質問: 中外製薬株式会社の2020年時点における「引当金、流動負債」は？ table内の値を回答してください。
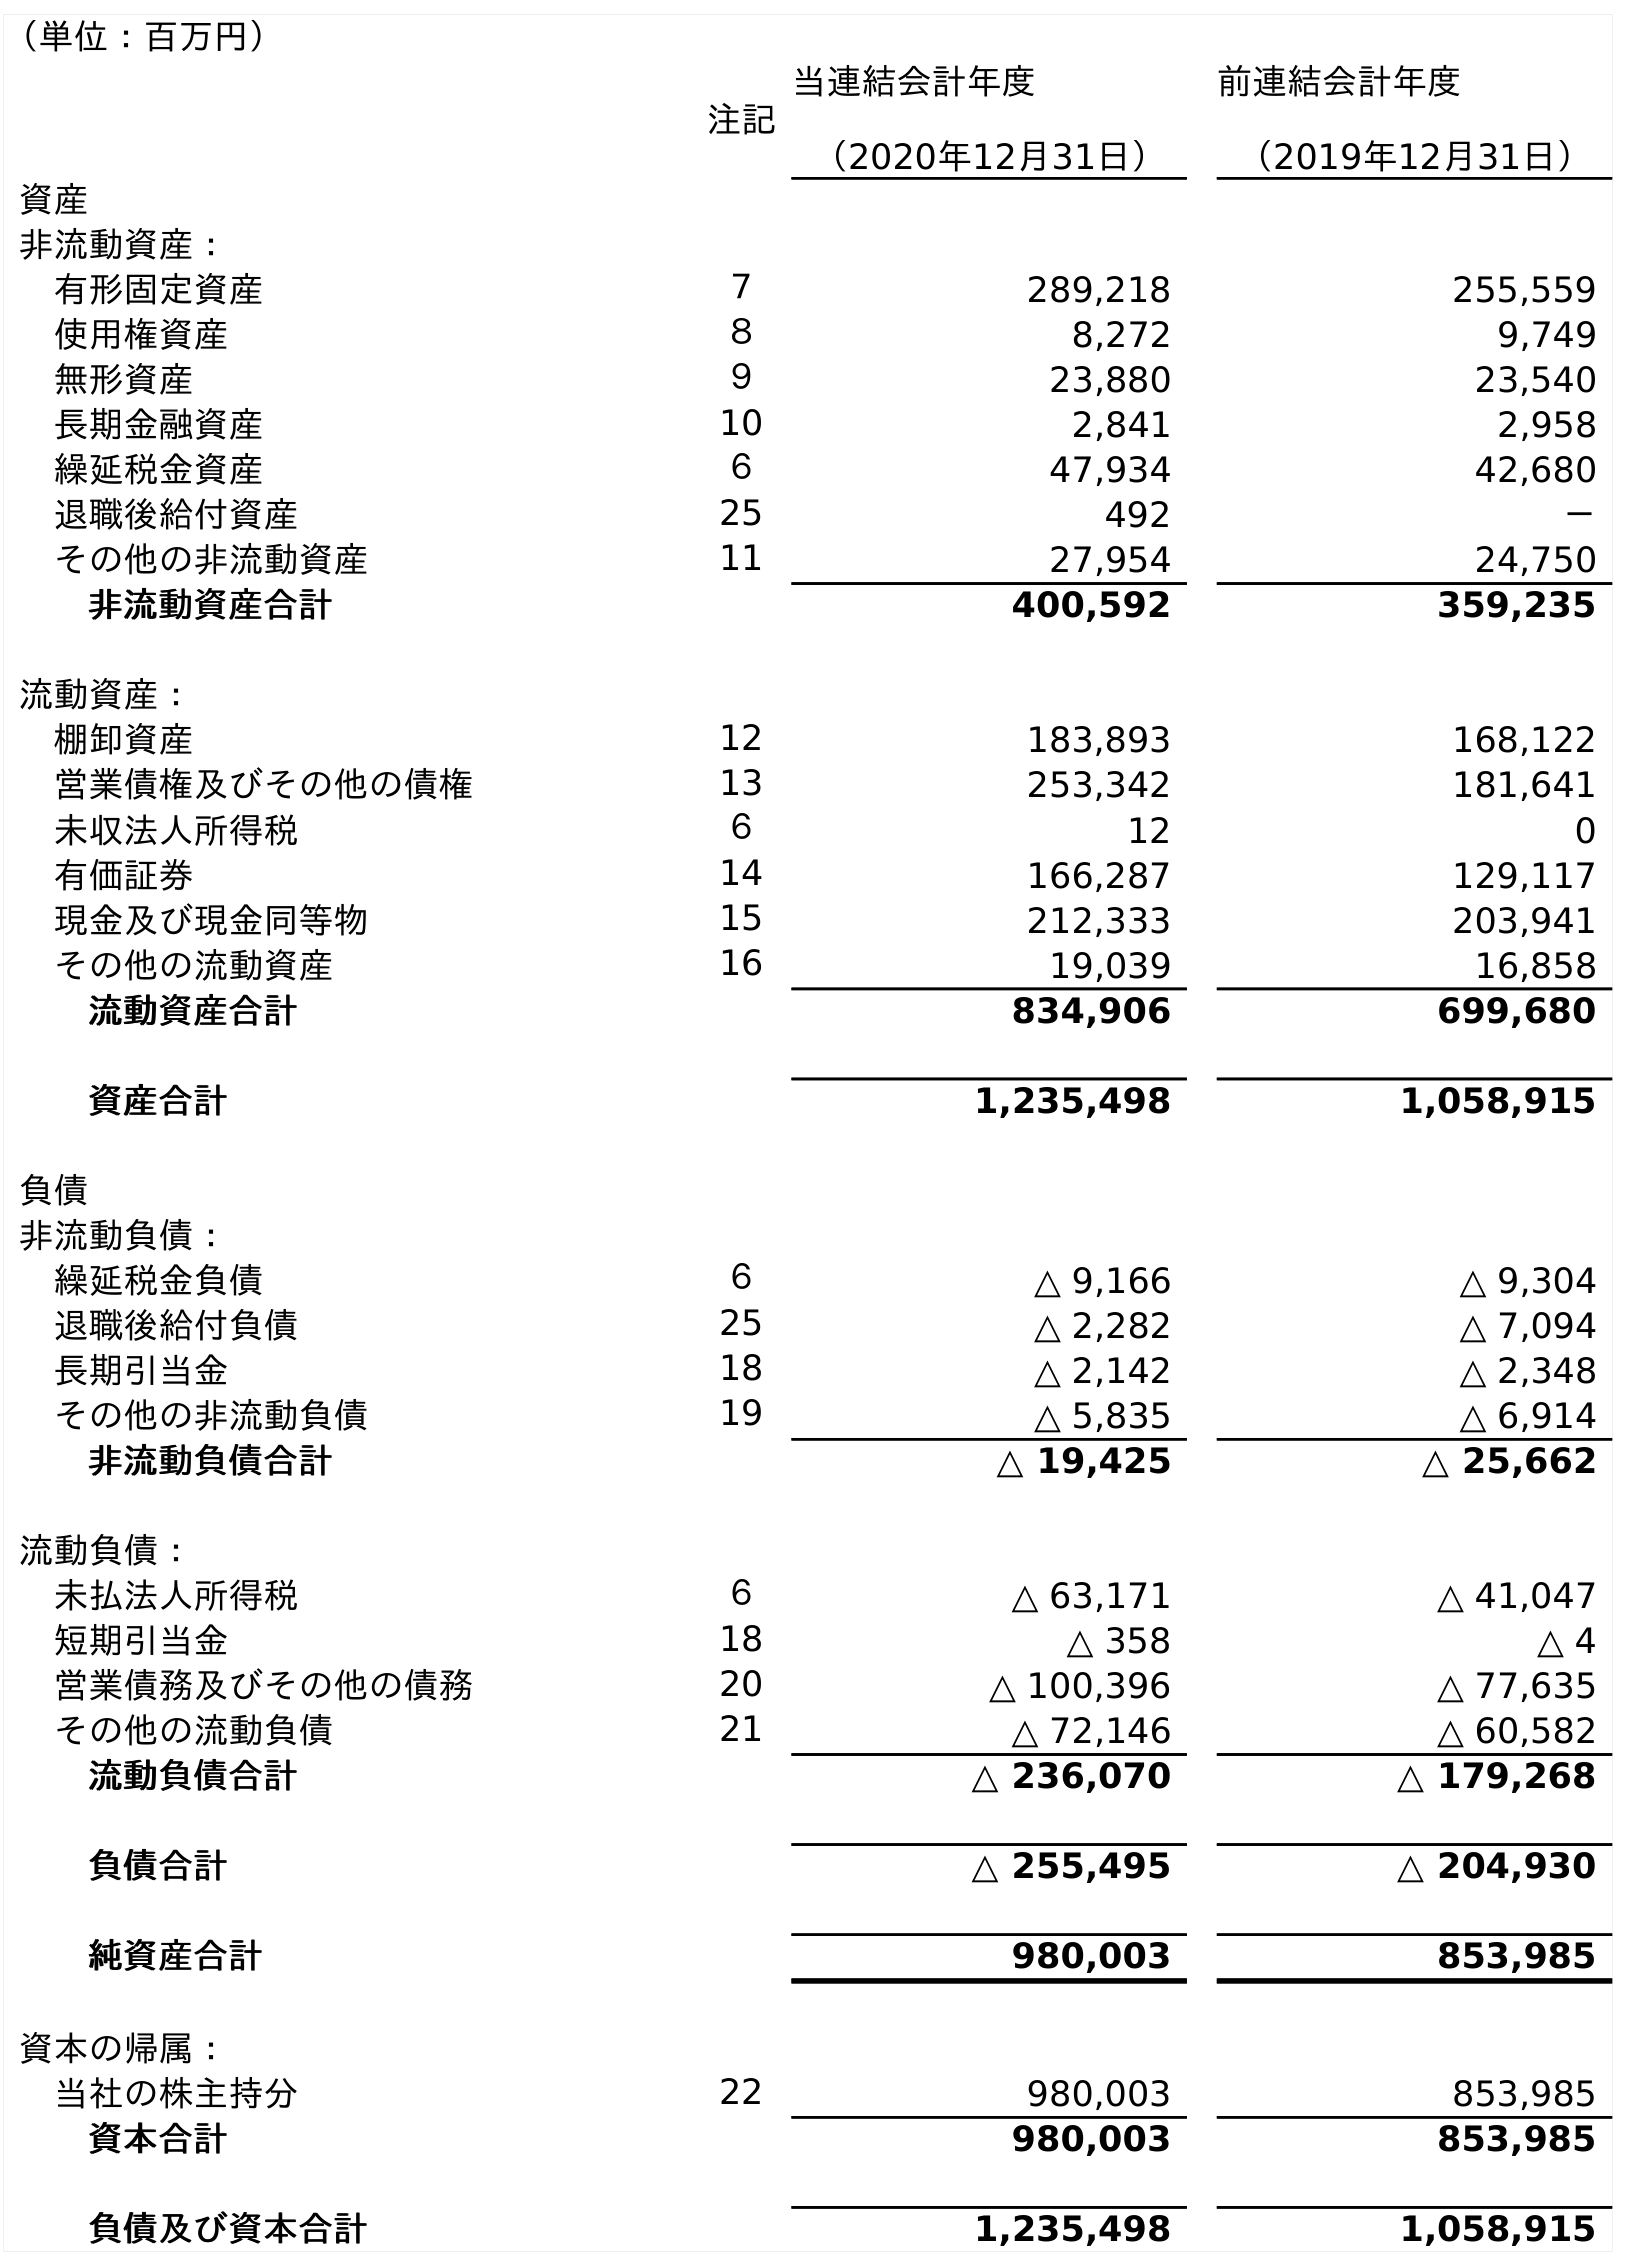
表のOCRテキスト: （単位：百万円） 注記 当連結会計年度 （2020年12月31日） 前連結会計年度 （2019年12月31日） 資産 非流動資産： 有形固定資産 ７ 289,218 255,559 使用権資産 ８ 8,272 9,749 無形資産 ９ 23,880 23,540 長期金融資産 10 2,841 2,958 繰延税金資産 ６ 47,934 42,680 退職後給付資産 25 492 － その他の非流動資産 11 27,954 24,750 非流動資産合計 400,592 359,235 流動資産： 棚卸資産 12 183,893 168,122 営業債権及びその他の債権 13 253,342 181,641 未収法人所得税 ６ 12 0 有価証券 14 166,287 129,117 現金及び現金同等物 15 212,333 203,941 その他の流動資産 16 19,039 16,858 流動資産合計 834,906 699,680 資産合計 1,235,498 1,058,915 負債 非流動負債： 繰延税金負債 ６ △ 9,166 △ 9,304 退職後給付負債 25 △ 2,282 △ 7,094 長期引当金 18 △ 2,142 △ 2,348 その他の非流動負債 19 △ 5,835 △ 6,914 非流動負債合計 △ 19,425 △ 25,662 流動負債： 未払法人所得税 ６ △ 63,171 △ 41,047 短期引当金 18 △ 358 △ 4 営業債務及びその他の債務 20 △ 100,396 △ 77,635 その他の流動負債 21 △ 72,146 △ 60,582 流動負債合計 △ 236,070 △ 179,268 負債合計 △ 255,495 △ 204,930 純資産合計 980,003 853,985 資本の帰属： 当社の株主持分 22 980,003 853,985 資本合計 980,003 853,985 負債及び資本合計 1,235,498 1,058,915
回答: △358